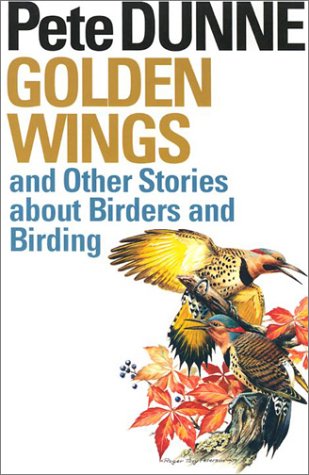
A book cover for Golden Wings, and Other Stories About Birders and Birding; Pete Dunne; Humor & Entertainment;